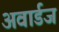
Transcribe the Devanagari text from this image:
अवार्डज